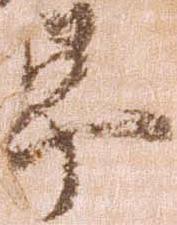
畢